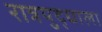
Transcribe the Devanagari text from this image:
रात्रयुद्धाला